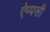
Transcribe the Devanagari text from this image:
ऐप्पसी